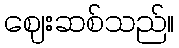
ဈေးဆစ်သည်။